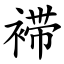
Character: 䙊